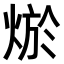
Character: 𤉪